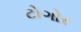
ટોગોર